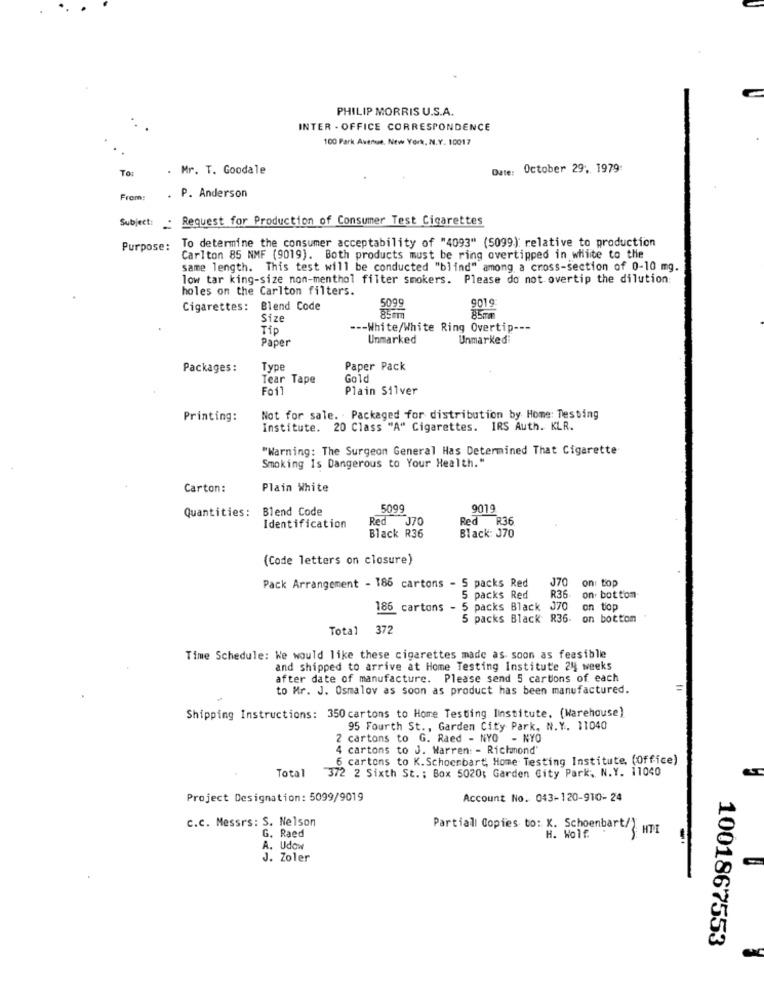
PHILIP MORRIS U.S.A.
INTER - OFFICE CORRESPONDENCE
100 Park Avenue, New York, N.Y. 10017
To
. Mr. T. Goodale
Date:
October 29. 1979:
From:
.P. Anderson
Subject: . Request for Production of Consumer Test Cigarettes
To determine the consumer acceptability of "4093" (5099) relative to production
Purpose:
Carlton 85 NMF (9019). Both products must be ring overtipped in white to the
same length. This test will be conducted "blind" among a cross-section of 0-10 mg.
low tar king-size non-menthol filter smokers. Please do not overtip the dilution:
holes on the Carlton filters.
Cigarettes: Blend Code
9019
Size
85mm
Tip
--- White/White Ring Overtip ---
Paper
Unmarked
Unmarkedi
Packages:
Type
Paper Pack
Tear Tape
Gole
Foil
Plain Silver
Printing:
Not for sale. Packaged for distribution by Home: Testing
Institute. 20 Class "A" Cigarettes. IRS Auth. KLR.
"Warning: The Surgeon General Has Determined That Cigarette
Smoking Is Dangerous to Your Health."
Carton:
Plain White
6L06
Quantities: Blend Code
5099
Red J70
Red R36
Identification
Black: 370
Black R36
(Code letters on closure)
J70
on: top
Pack Arrangement - 186 cartons - 5 packs Red
5 packs Red
R36-
on bottom-
186 cartons - 5 packs Black
070
on top
5 packs Black 836.
on bottom
Total
372
Time Schedule: We would like these cigarettes made as soon as feasible
and Shipped to arrive at Home Testing Institute 24 weeks
after date of manufacture. Please send 5 cartons of each
to Mr. J. Osmalov as soon as product has been manufactured.
Shipping Instructions: 350 cartons to Home Testing Iinstitute. (Warehouse)
95 Fourth St ., Garden City Park, N.Y. 11040
2 cartons to G. Raed - NYO - NYO
4 cartons to J. Warren: - Richmond"
6 cartons to K.Schoenbart, Home Testing Institute, (Office)
Total
372 2 Sixth St. ; Box 5020; Garden City Park, N.Y. 11040
Project Designation: 5099/9019
Account No. 043-120-910-24
C.c. Messrs: S. Nelson
Partiall Copies to: K. Schoenbart/ HTI
G. Raed
H. Wolf.
-
A. Udow
J. Zoler
1001867553